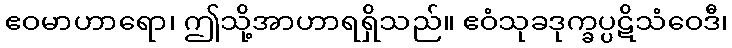
ဧဝမာဟာရော၊ ဤသို့အာဟာရရှိသည်။ ဧဝံသုခဒုက္ခပ္ပဋိသံဝေဒီ၊